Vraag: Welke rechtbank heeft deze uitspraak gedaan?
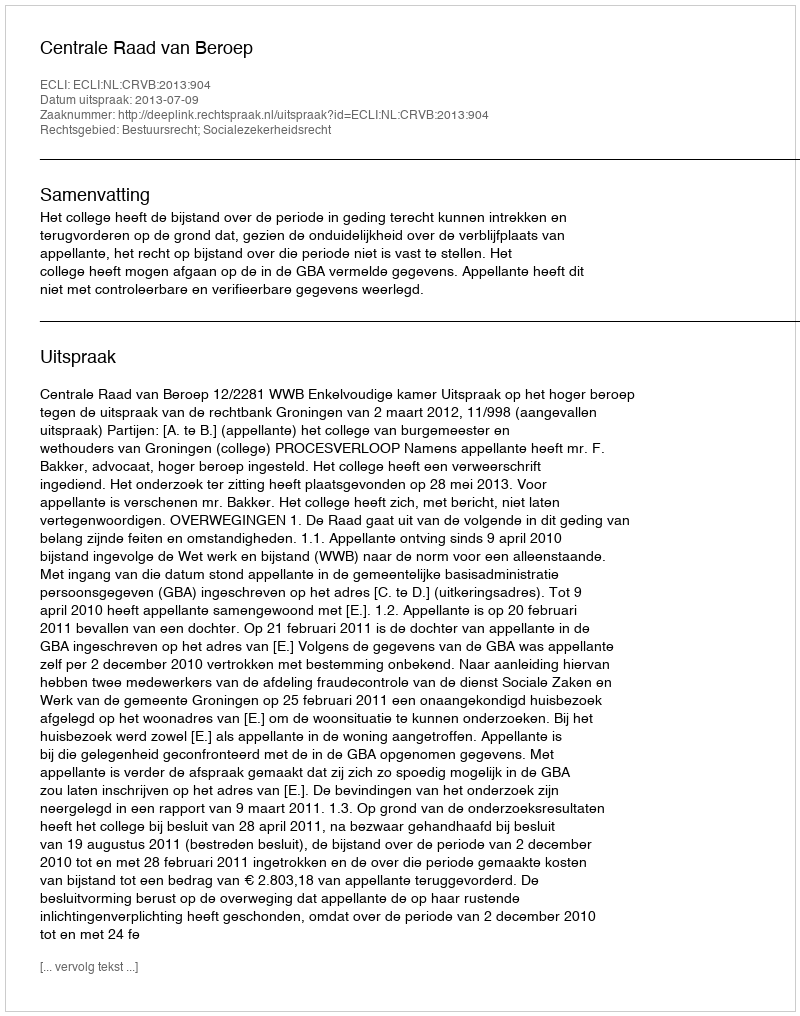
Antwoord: Centrale Raad van Beroep